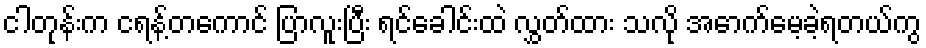
ငါတုန်းက ငရန့်တကောင် ပြာလူးပြီး ရင်ခေါင်းထဲ လွှတ်ထား သလို အောက်မေ့ခဲ့ရတယ်ကွ